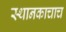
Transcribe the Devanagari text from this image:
स्थानकाचाच